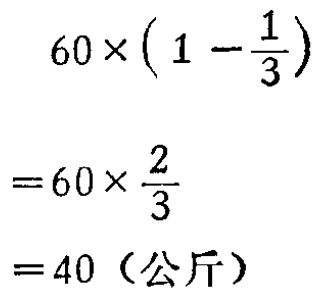
\[

\begin{align*}

&60\times\left(1 - \frac{1}{3}\right)\\

=&60\times\frac{2}{3}\\

=&40（\text{公斤}）

\end{align*}

\]